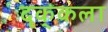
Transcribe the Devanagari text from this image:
दृक्‌कला